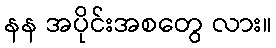
နန အပိုင်းအစတွေ လား။